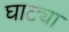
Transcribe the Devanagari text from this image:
घाट्या